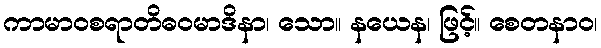
ကာမာဝစရာတိဓဝမာဒိနာ၊ သော။ နယေန၊ ဖြင့်။ စေတနာဝ၊